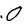
Character: O